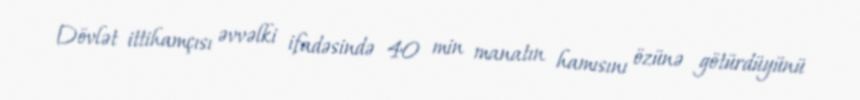
Dövlət ittihamçısı əvvəlki ifadəsində 40 min manatın hamısını özünə götürdüyünü